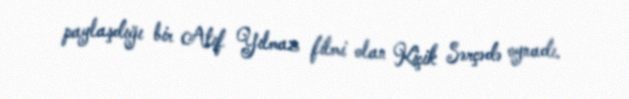
paylaşdığı bir Atıf Yılmaz filmi olan Kiçik Sərçədə oynadı.